Report on vaccination in Madras 1922-1929 - 1922-1929
Year: 1922
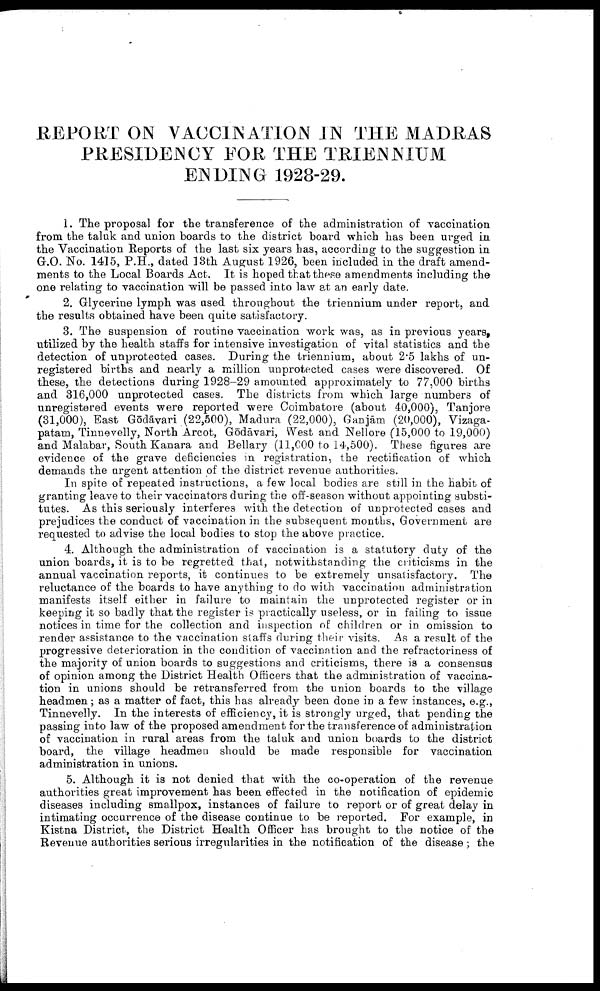
REPORT ON VACCINATION IN THE MADRAS
PRESIDENCY FOR THE TRIENNIUM
ENDING 1928-29.
1. The proposal for the transference of the administration of vaccination
from the taluk and union boards to the district board which has been urged in
the Vaccination Reports of the last six years has, according to the suggestion in
G.O. No. 1415, P.H., dated 13th August 1926, been included in the draft amend
ments to the Local Boards Act. It is hoped that these amendments including the
one relating to vaccination will be passed into law at an early date.
2. Glycerine lymph was used throughout the triennium under report, and
the results obtained have been quite satisfactory.
3. The suspension of routine vaccination work was, as in previous years,
utilized by the health staffs for intensive investigation of vital statistics and the
detection of unprotected cases. During the triennium, about 2.5 lakhs of un
registered births and nearly a million unprotected cases were discovered. Of
these, the detections during 1928-29 amounted approximately to 77,000 births
and 316,000 unprotected cases. The districts from which large numbers of
unregistered events were reported were Coimbatore (about 40,000), Tanjore
(31,000), East Gōdāvari (22,500), Madura (22,000), Ganjām (20,000), Vizaga-
patam, Tinnevelly, North Arcot, Gōdāvari, West and Nellore (15,000 to 19,000)
and Malabar, South Kanara and Bellary (11,000 to 14,500). These figures are
evidence of the grave deficiencies in registration, the rectification of which
demands the urgent attention of the district revenue authorities.
In spite of repeated instructions, a few local bodies are still in the habit of
granting leave to their vaccinators during the off-season without appointing substi
tutes. As this seriously interferes with the detection of unprotected cases and
prejudices the conduct of vaccination in the subsequent months, Government are
requested to advise the local bodies to stop the above practice.
4. Although the administration of vaccination is a statutory duty of the
union boards, it is to be regretted that, notwithstanding the criticisms in the
annual vaccination reports, it continues to be extremely unsatisfactory. The
reluctance of the boards to have anything to do with vaccination administration
manifests itself either in failure to maintain the unprotected register or in
keeping it so badly that the register is practically useless, or in failing to issue
notices in time for the collection and inspection of children or in omission to
render assistance to the vaccination staffs during their visits. As a result of the
progressive deterioration in the condition of vaccination and the refractoriness of
the majority of union boards to suggestions and criticisms, there is a consensus
of opinion among the District Health Officers that the administration of vaccina
tion in unions should be retransferred from the union boards to the village
headmen; as a matter of fact, this has already been done in a few instances, e.g.,
Tinnevelly. In the interests of efficiency, it is strongly urged, that pending the
passing into law of the proposed amendment for the transference of administration
of vaccination in rural areas from the taluk and union boards to the district
board, the village headmen should be made responsible for vaccination
administration in unions.
5. Although it is not denied that with the co-operation of the revenue
authorities great improvement has been effected in the notification of epidemic
diseases including smallpox, instances of failure to report or of great delay in
intimating occurrence of the disease continue to be reported. For example, in
Kistna District, the District Health Officer has brought to the notice of the
Revenue authorities serious irregularities in the notification of the disease; the